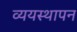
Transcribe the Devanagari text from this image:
व्ययस्थापन